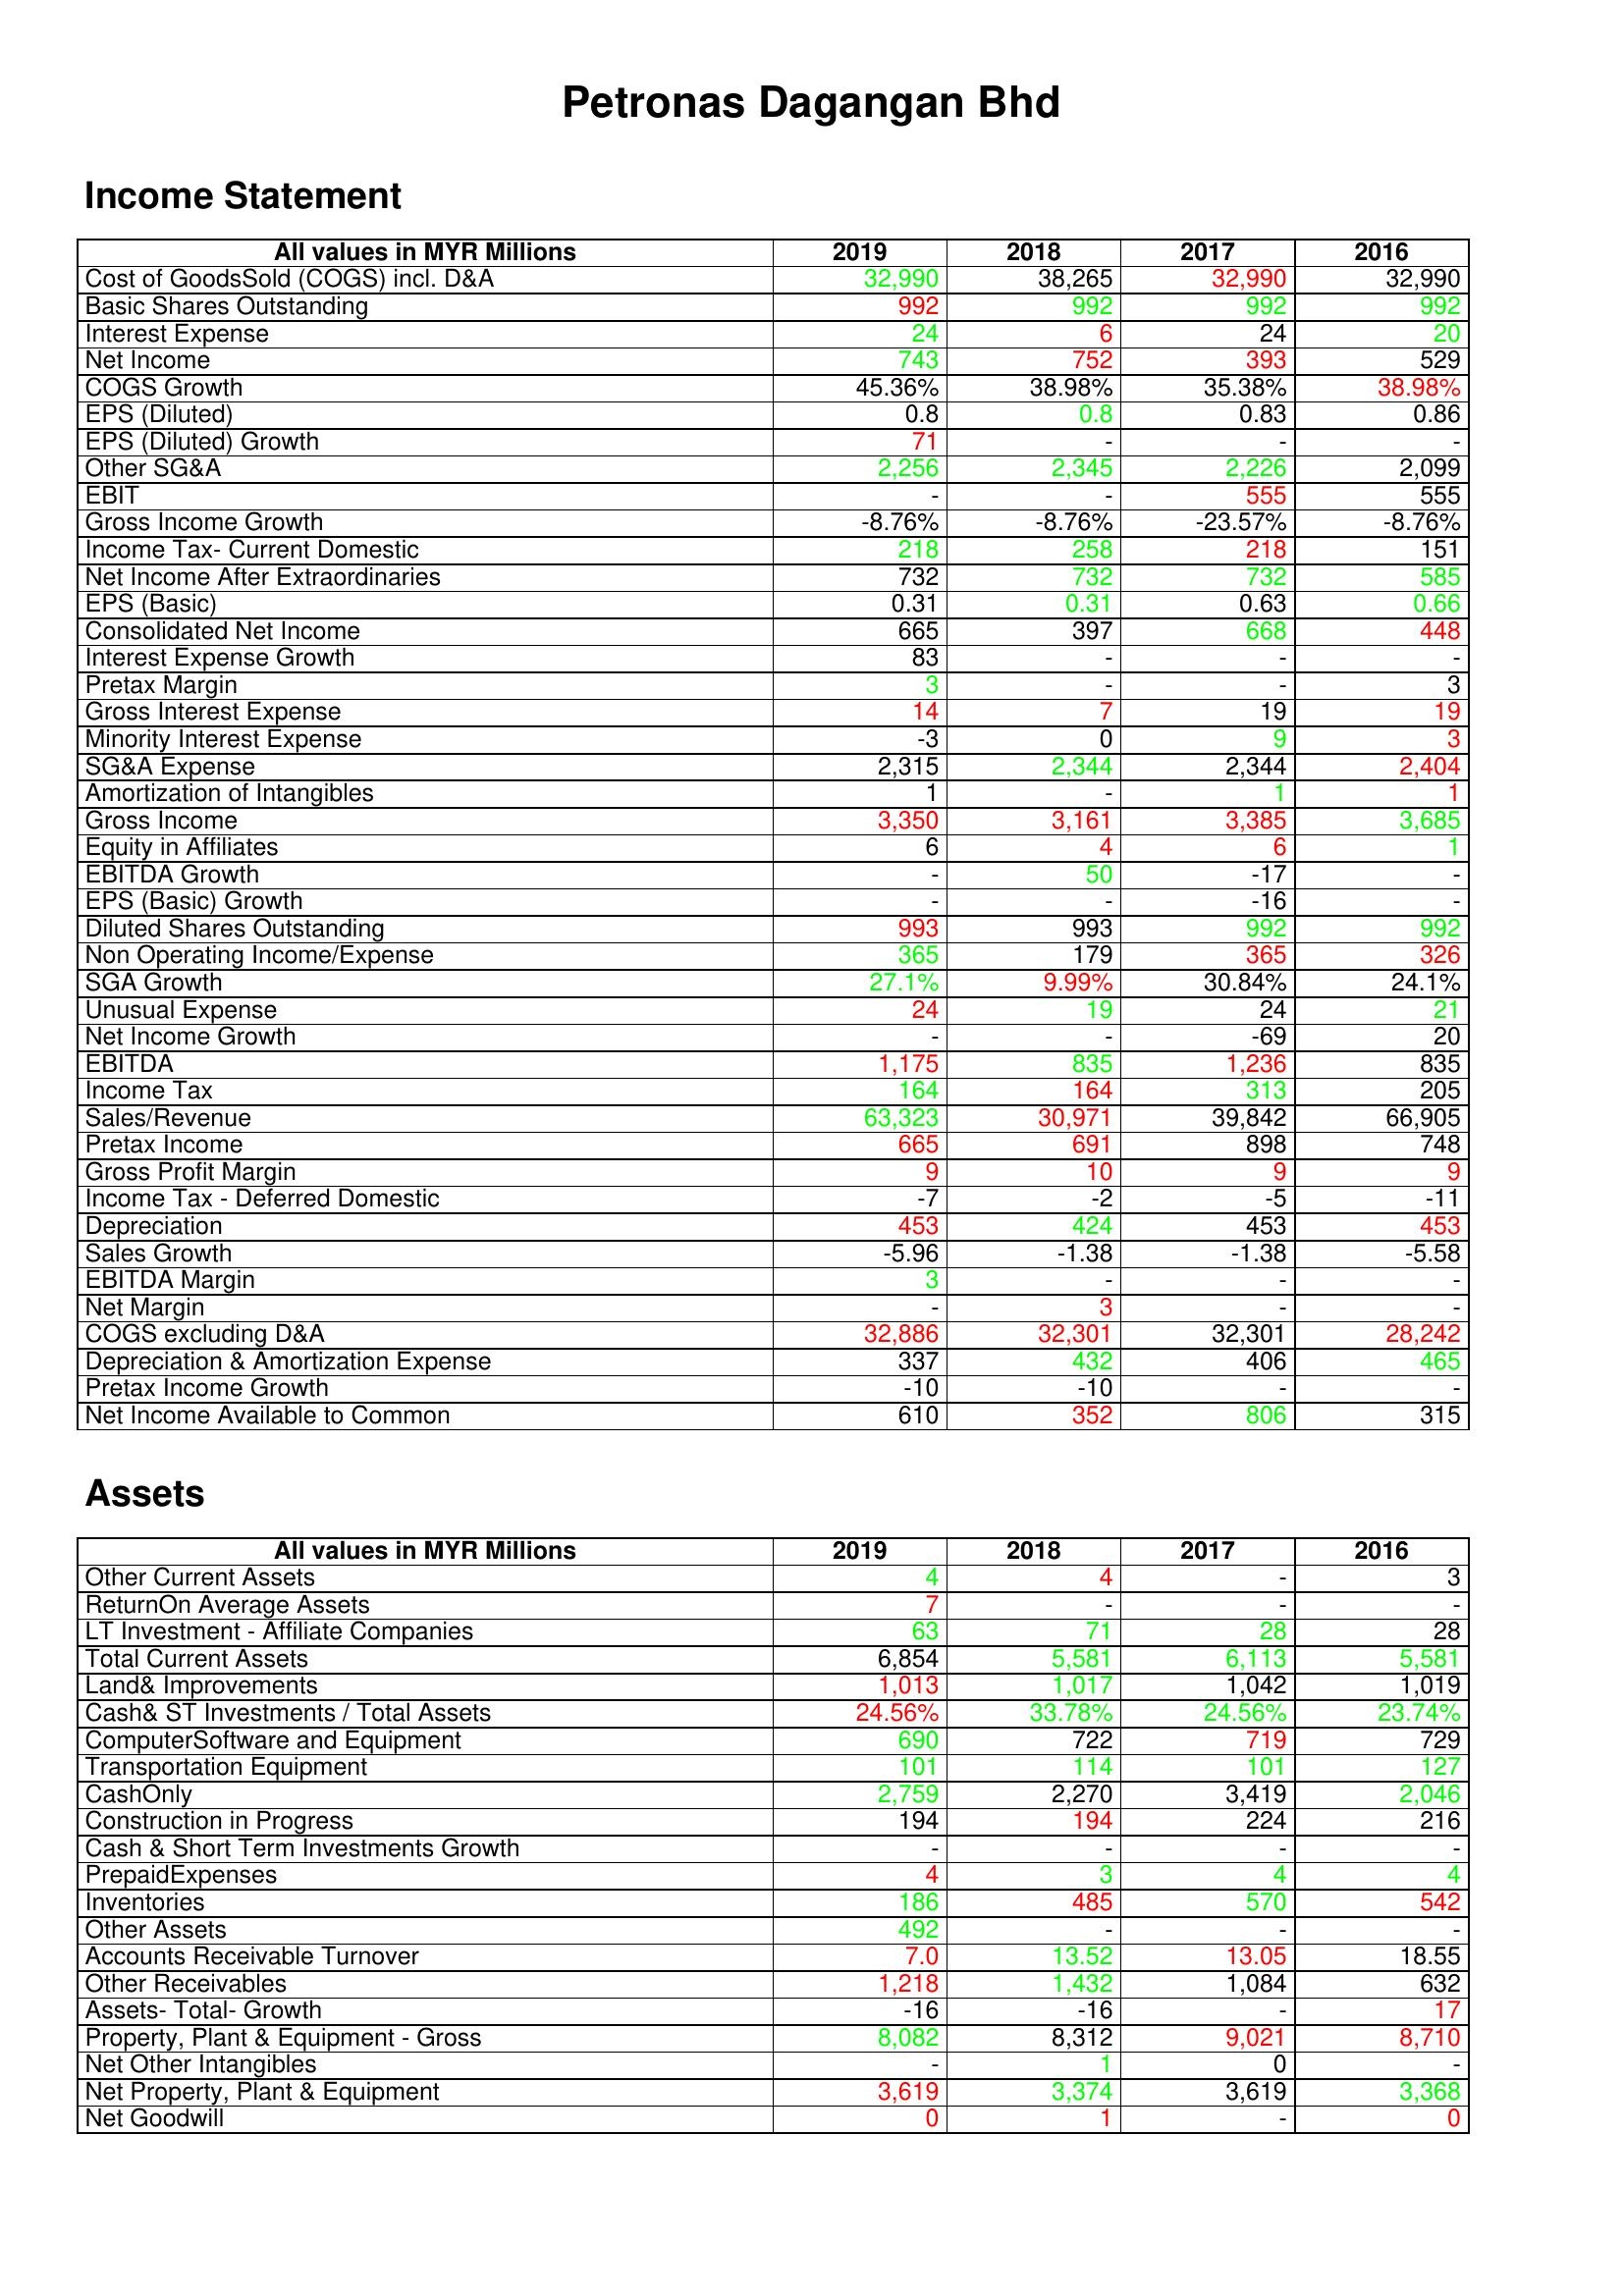
gt_parse: 2019: Income Statement: Cost of GoodsSold (COGS) incl. D&A: 32,990
Basic Shares Outstanding: 992
Interest Expense: 24
Net Income: 743
COGS Growth: 45.36%
EPS (Diluted): 0.8
EPS (Diluted) Growth: 71
Other SG&A: 2,256
EBIT: -
Gross Income Growth: -8.76%
Income Tax- Current Domestic: 218
Net Income After Extraordinaries: 732
EPS (Basic): 0.31
Consolidated Net Income: 665
Interest Expense Growth: 83
Pretax Margin: 3
Gross Interest Expense: 14
Minority Interest Expense: -3
SG&A Expense: 2,315
Amortization of Intangibles: 1
Gross Income: 3,350
Equity in Affiliates: 6
EBITDA Growth: -
EPS (Basic) Growth: -
Diluted Shares Outstanding: 993
Non Operating Income/Expense: 365
SGA Growth: 27.1%
Unusual Expense: 24
Net Income Growth: -
EBITDA: 1,175
Income Tax: 164
Sales/Revenue: 63,323
Pretax Income: 665
Gross Profit Margin: 9
Income Tax - Deferred Domestic: -7
Depreciation: 453
Sales Growth: -5.96
EBITDA Margin: 3
Net Margin: -
COGS excluding D&A: 32,886
Depreciation & Amortization Expense: 337
Pretax Income Growth: -10
Net Income Available to Common: 610
Assets: Other Current Assets: 4
ReturnOn Average Assets: 7
LT Investment - Affiliate Companies: 63
Total Current Assets: 6,854
Land& Improvements: 1,013
Cash& ST Investments / Total Assets: 24.56%
ComputerSoftware and Equipment: 690
Transportation Equipment: 101
CashOnly: 2,759
Construction in Progress: 194
Cash & Short Term Investments Growth: -
PrepaidExpenses: 4
Inventories: 186
Other Assets: 492
Accounts Receivable Turnover: 7.0
Other Receivables: 1,218
Assets- Total- Growth: -16
Property, Plant & Equipment - Gross : 8,082
Net Other Intangibles: -
Net Property, Plant & Equipment: 3,619
Net Goodwill: 0
2018: Income Statement: Cost of GoodsSold (COGS) incl. D&A: 38,265
Basic Shares Outstanding: 992
Interest Expense: 6
Net Income: 752
COGS Growth: 38.98%
EPS (Diluted): 0.8
EPS (Diluted) Growth: -
Other SG&A: 2,345
EBIT: -
Gross Income Growth: -8.76%
Income Tax- Current Domestic: 258
Net Income After Extraordinaries: 732
EPS (Basic): 0.31
Consolidated Net Income: 397
Interest Expense Growth: -
Pretax Margin: -
Gross Interest Expense: 7
Minority Interest Expense: 0
SG&A Expense: 2,344
Amortization of Intangibles: -
Gross Income: 3,161
Equity in Affiliates: 4
EBITDA Growth: 50
EPS (Basic) Growth: -
Diluted Shares Outstanding: 993
Non Operating Income/Expense: 179
SGA Growth: 9.99%
Unusual Expense: 19
Net Income Growth: -
EBITDA: 835
Income Tax: 164
Sales/Revenue: 30,971
Pretax Income: 691
Gross Profit Margin: 10
Income Tax - Deferred Domestic: -2
Depreciation: 424
Sales Growth: -1.38
EBITDA Margin: -
Net Margin: 3
COGS excluding D&A: 32,301
Depreciation & Amortization Expense: 432
Pretax Income Growth: -10
Net Income Available to Common: 352
Assets: Other Current Assets: 4
ReturnOn Average Assets: -
LT Investment - Affiliate Companies: 71
Total Current Assets: 5,581
Land& Improvements: 1,017
Cash& ST Investments / Total Assets: 33.78%
ComputerSoftware and Equipment: 722
Transportation Equipment: 114
CashOnly: 2,270
Construction in Progress: 194
Cash & Short Term Investments Growth: -
PrepaidExpenses: 3
Inventories: 485
Other Assets: -
Accounts Receivable Turnover: 13.52
Other Receivables: 1,432
Assets- Total- Growth: -16
Property, Plant & Equipment - Gross : 8,312
Net Other Intangibles: 1
Net Property, Plant & Equipment: 3,374
Net Goodwill: 1
2017: Income Statement: Cost of GoodsSold (COGS) incl. D&A: 32,990
Basic Shares Outstanding: 992
Interest Expense: 24
Net Income: 393
COGS Growth: 35.38%
EPS (Diluted): 0.83
EPS (Diluted) Growth: -
Other SG&A: 2,226
EBIT: 555
Gross Income Growth: -23.57%
Income Tax- Current Domestic: 218
Net Income After Extraordinaries: 732
EPS (Basic): 0.63
Consolidated Net Income: 668
Interest Expense Growth: -
Pretax Margin: -
Gross Interest Expense: 19
Minority Interest Expense: 9
SG&A Expense: 2,344
Amortization of Intangibles: 1
Gross Income: 3,385
Equity in Affiliates: 6
EBITDA Growth: -17
EPS (Basic) Growth: -16
Diluted Shares Outstanding: 992
Non Operating Income/Expense: 365
SGA Growth: 30.84%
Unusual Expense: 24
Net Income Growth: -69
EBITDA: 1,236
Income Tax: 313
Sales/Revenue: 39,842
Pretax Income: 898
Gross Profit Margin: 9
Income Tax - Deferred Domestic: -5
Depreciation: 453
Sales Growth: -1.38
EBITDA Margin: -
Net Margin: -
COGS excluding D&A: 32,301
Depreciation & Amortization Expense: 406
Pretax Income Growth: -
Net Income Available to Common: 806
Assets: Other Current Assets: -
ReturnOn Average Assets: -
LT Investment - Affiliate Companies: 28
Total Current Assets: 6,113
Land& Improvements: 1,042
Cash& ST Investments / Total Assets: 24.56%
ComputerSoftware and Equipment: 719
Transportation Equipment: 101
CashOnly: 3,419
Construction in Progress: 224
Cash & Short Term Investments Growth: -
PrepaidExpenses: 4
Inventories: 570
Other Assets: -
Accounts Receivable Turnover: 13.05
Other Receivables: 1,084
Assets- Total- Growth: -
Property, Plant & Equipment - Gross : 9,021
Net Other Intangibles: 0
Net Property, Plant & Equipment: 3,619
Net Goodwill: -
2016: Income Statement: Cost of GoodsSold (COGS) incl. D&A: 32,990
Basic Shares Outstanding: 992
Interest Expense: 20
Net Income: 529
COGS Growth: 38.98%
EPS (Diluted): 0.86
EPS (Diluted) Growth: -
Other SG&A: 2,099
EBIT: 555
Gross Income Growth: -8.76%
Income Tax- Current Domestic: 151
Net Income After Extraordinaries: 585
EPS (Basic): 0.66
Consolidated Net Income: 448
Interest Expense Growth: -
Pretax Margin: 3
Gross Interest Expense: 19
Minority Interest Expense: 3
SG&A Expense: 2,404
Amortization of Intangibles: 1
Gross Income: 3,685
Equity in Affiliates: 1
EBITDA Growth: -
EPS (Basic) Growth: -
Diluted Shares Outstanding: 992
Non Operating Income/Expense: 326
SGA Growth: 24.1%
Unusual Expense: 21
Net Income Growth: 20
EBITDA: 835
Income Tax: 205
Sales/Revenue: 66,905
Pretax Income: 748
Gross Profit Margin: 9
Income Tax - Deferred Domestic: -11
Depreciation: 453
Sales Growth: -5.58
EBITDA Margin: -
Net Margin: -
COGS excluding D&A: 28,242
Depreciation & Amortization Expense: 465
Pretax Income Growth: -
Net Income Available to Common: 315
Assets: Other Current Assets: 3
ReturnOn Average Assets: -
LT Investment - Affiliate Companies: 28
Total Current Assets: 5,581
Land& Improvements: 1,019
Cash& ST Investments / Total Assets: 23.74%
ComputerSoftware and Equipment: 729
Transportation Equipment: 127
CashOnly: 2,046
Construction in Progress: 216
Cash & Short Term Investments Growth: -
PrepaidExpenses: 4
Inventories: 542
Other Assets: -
Accounts Receivable Turnover: 18.55
Other Receivables: 632
Assets- Total- Growth: 17
Property, Plant & Equipment - Gross : 8,710
Net Other Intangibles: -
Net Property, Plant & Equipment: 3,368
Net Goodwill: 0